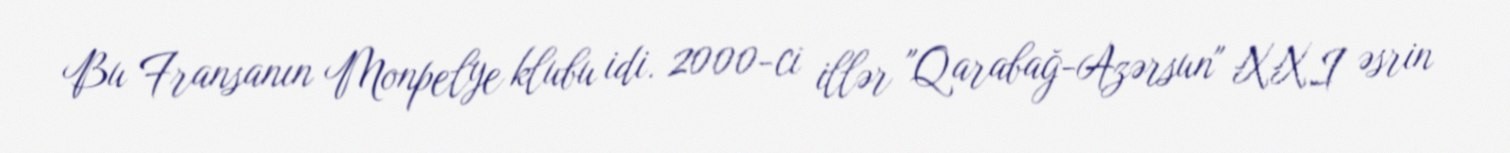
Bu Fransanın Monpelye klubu idi. 2000-ci illər "Qarabağ-Azərsun" XXI əsrin